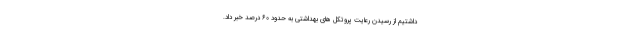
داشتیم از رسیدن رعایت پروتکل های بهداشتی به حدود ۶۰ درصد خبر داد.